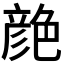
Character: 𦫨